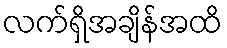
လက်ရှိအချိန်အထိ